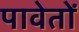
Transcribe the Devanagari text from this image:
पावेतों